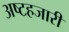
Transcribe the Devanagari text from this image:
अष्टहजारी